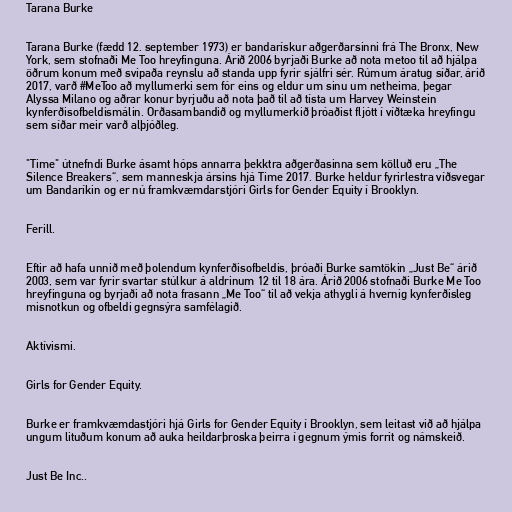
Tarana Burke

Tarana Burke (fædd 12. september 1973) er bandarískur aðgerðarsinni frá The Bronx, New
York, sem stofnaði Me Too hreyfinguna. Árið 2006 byrjaði Burke að nota metoo til að hjálpa
öðrum konum með svipaða reynslu að standa upp fyrir sjálfri sér. Rúmum áratug síðar, árið
2017, varð #MeToo að myllumerki sem fór eins og eldur um sinu um netheima, þegar
Alyssa Milano og aðrar konur byrjuðu að nota það til að tísta um Harvey Weinstein
kynferðisofbeldismálin. Orðasambandið og myllumerkið þróaðist fljótt í víðtæka hreyfingu
sem síðar meir varð alþjóðleg.

"Time" útnefndi Burke ásamt hóps annarra þekktra aðgerðasinna sem kölluð eru „The
Silence Breakers“, sem manneskja ársins hjá Time 2017. Burke heldur fyrirlestra víðsvegar
um Bandaríkin og er nú framkvæmdarstjóri Girls for Gender Equity í Brooklyn.

Ferill.

Eftir að hafa unnið með þolendum kynferðisofbeldis, þróaði Burke samtökin „Just Be“ árið
2003, sem var fyrir svartar stúlkur á aldrinum 12 til 18 ára. Árið 2006 stofnaði Burke Me Too
hreyfinguna og byrjaði að nota frasann „Me Too“ til að vekja athygli á hvernig kynferðisleg
misnotkun og ofbeldi gegnsýra samfélagið.

Aktívismi.

Girls for Gender Equity.

Burke er framkvæmdastjóri hjá Girls for Gender Equity í Brooklyn, sem leitast við að hjálpa
ungum lituðum konum að auka heildarþroska þeirra í gegnum ýmis forrit og námskeið.

Just Be Inc..